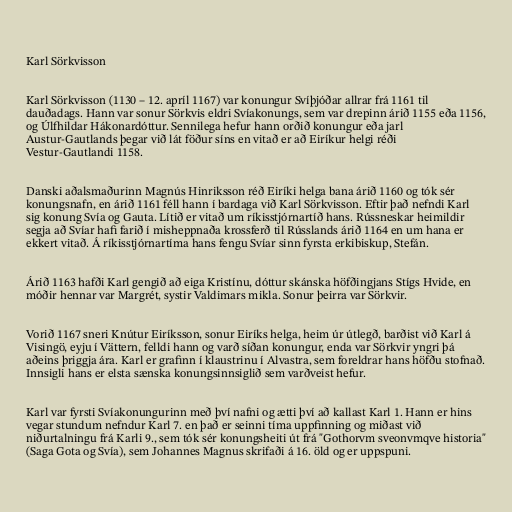
Karl Sörkvisson

Karl Sörkvisson (1130 – 12. apríl 1167) var konungur Svíþjóðar allrar frá 1161 til
dauðadags. Hann var sonur Sörkvis eldri Svíakonungs, sem var drepinn árið 1155 eða 1156,
og Úlfhildar Hákonardóttur. Sennilega hefur hann orðið konungur eða jarl
Austur-Gautlands þegar við lát föður síns en vitað er að Eiríkur helgi réði
Vestur-Gautlandi 1158.

Danski aðalsmaðurinn Magnús Hinriksson réð Eiríki helga bana árið 1160 og tók sér
konungsnafn, en árið 1161 féll hann í bardaga við Karl Sörkvisson. Eftir það nefndi Karl
sig konung Svía og Gauta. Lítið er vitað um ríkisstjórnartíð hans. Rússneskar heimildir
segja að Svíar hafi farið í misheppnaða krossferð til Rússlands árið 1164 en um hana er
ekkert vitað. Á ríkisstjórnartíma hans fengu Svíar sinn fyrsta erkibiskup, Stefán.

Árið 1163 hafði Karl gengið að eiga Kristínu, dóttur skánska höfðingjans Stígs Hvide, en
móðir hennar var Margrét, systir Valdimars mikla. Sonur þeirra var Sörkvir.

Vorið 1167 sneri Knútur Eiríksson, sonur Eiríks helga, heim úr útlegð, barðist við Karl á
Visingö, eyju í Vättern, felldi hann og varð síðan konungur, enda var Sörkvir yngri þá
aðeins þriggja ára. Karl er grafinn í klaustrinu í Alvastra, sem foreldrar hans höfðu stofnað.
Innsigli hans er elsta sænska konungsinnsiglið sem varðveist hefur.

Karl var fyrsti Svíakonungurinn með því nafni og ætti því að kallast Karl 1. Hann er hins
vegar stundum nefndur Karl 7. en það er seinni tíma uppfinning og miðast við
niðurtalningu frá Karli 9., sem tók sér konungsheiti út frá "Gothorvm sveonvmqve historia"
(Saga Gota og Svía), sem Johannes Magnus skrifaði á 16. öld og er uppspuni.